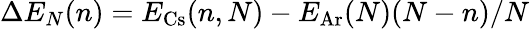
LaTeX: \Delta E_{N}(n)=E_{\mathrm{Cs}}(n,N)-E_{\mathrm{Ar}}(N)(N-n)/N